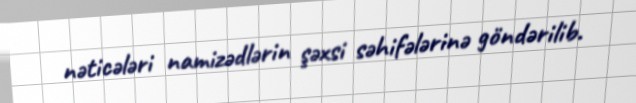
nəticələri namizədlərin şəxsi səhifələrinə göndərilib.